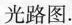
光路图.